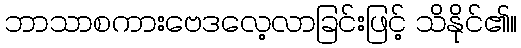
ဘာသာစကားဗေဒလေ့လာခြင်းဖြင့် သိနိုင်၏။